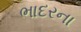
ભાદરના